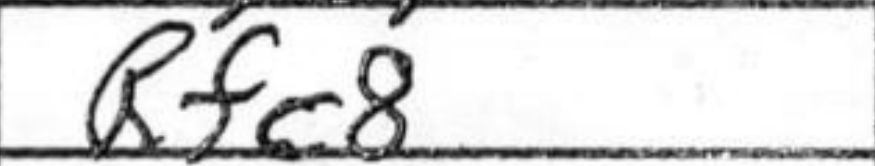
Transcription: Rfc8